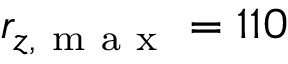
r _ { z , \mathrm { ~ m ~ a ~ x ~ } } = 1 1 0